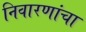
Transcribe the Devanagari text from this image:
निवारणांचा